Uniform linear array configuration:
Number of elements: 24
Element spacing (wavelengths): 0.75
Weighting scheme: exponential
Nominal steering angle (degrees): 15
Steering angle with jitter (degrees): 14.434
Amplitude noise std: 0.05
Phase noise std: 0.05

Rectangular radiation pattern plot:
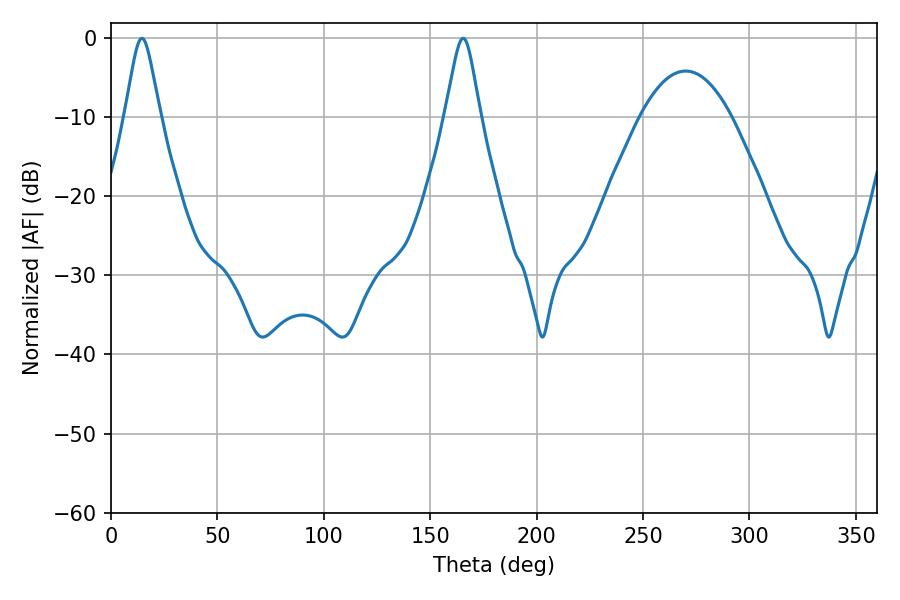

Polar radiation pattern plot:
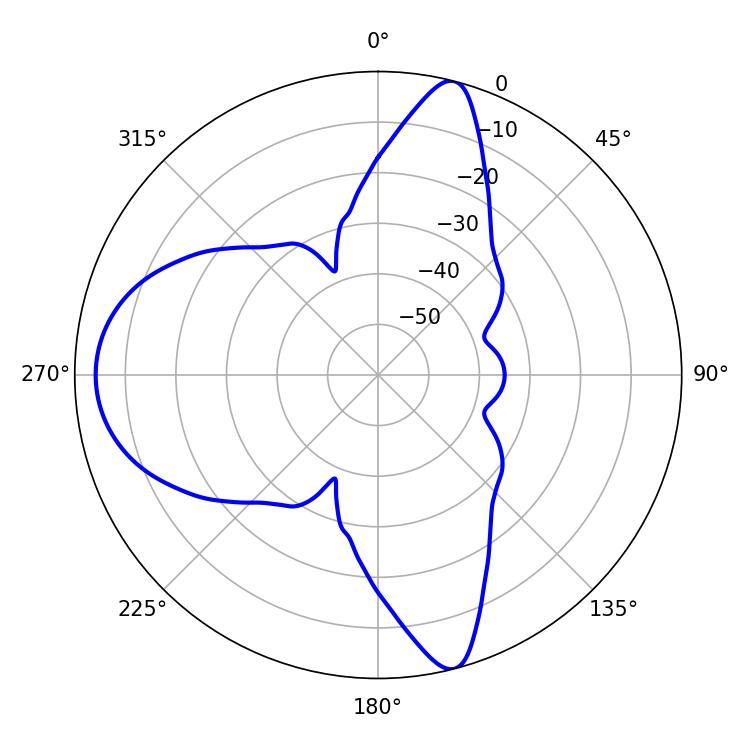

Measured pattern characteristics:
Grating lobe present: TRUE
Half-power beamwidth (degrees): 7.92
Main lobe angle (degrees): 14.58